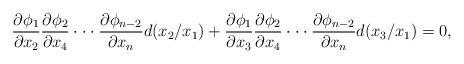
LaTeX: \begin{align*}\frac{\partial \phi_1}{\partial x_2}\frac{\partial \phi_2}{\partial x_4}\cdot \cdot \cdot \frac{\partial \phi_{n-2}}{\partial x_{n}} d(x_2/x_1)+\frac{\partial \phi_1}{\partial x_3}\frac{\partial \phi_2}{\partial x_4}\cdot \cdot \cdot \frac{\partial \phi_{n-2}}{\partial x_{n}} d(x_3/x_1)=0,\end{align*}